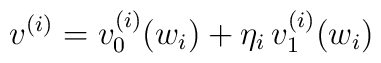
v^{(i)}=v^{(i)}_0(w_i)+\eta_i\,v^{(i)}_1(w_i)